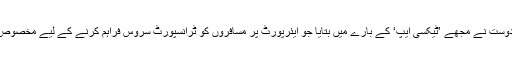
ایک دوست نے مجھے ’ٹیکسی ایپ‘ کے بارے میں بتایا جو ایئرپورٹ پر مسافروں کو ٹرانسپورٹ سروس فراہم کرنے کے لیے مخصوص ہے۔